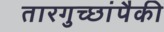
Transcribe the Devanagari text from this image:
तारगुच्छांपैकी